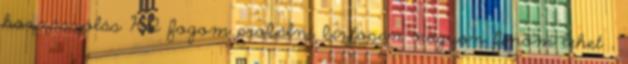
hozzászólás KI fogom probálni biztosan nagyon finom lehet ,